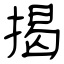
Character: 揭